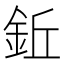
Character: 𫒒